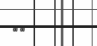
٢٨